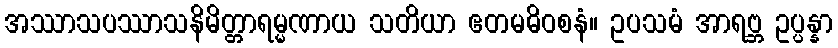
အဿာသပဿာသနိမိတ္တာရမ္မဏာယ သတိယာ ဧတမဓိဝစနံ။ ဥပသမံ အာရဗ္ဘ ဥပ္ပန္နာ